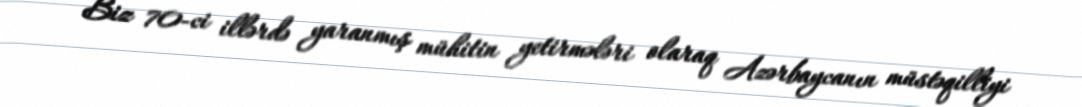
Biz 70-ci illərdə yaranmış mühitin yetirmələri olaraq Azərbaycanın müstəqilliyi